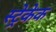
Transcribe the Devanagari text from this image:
स्ट्रेकेक